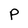
Character: P